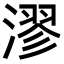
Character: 漻